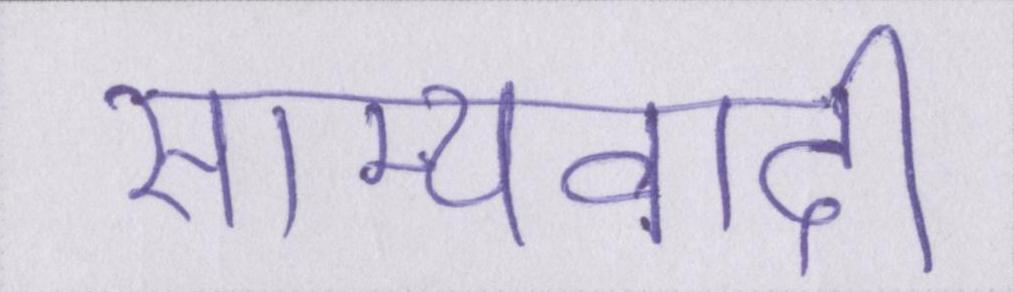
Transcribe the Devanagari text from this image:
साम्यवादी